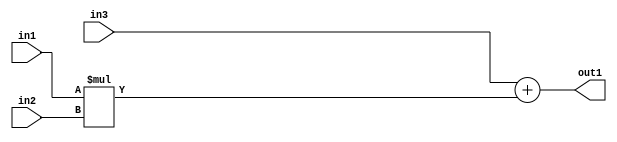
`timescale 1ps / 1ps
/*****************************************************************************
    Verilog RTL Description
    
    
    Created by: Stratus DpOpt 2019.1.01 
*******************************************************************************/

module SobelFilter_Add2Mul2s8u8u8_4 (
	in3,
	in2,
	in1,
	out1
	); /* architecture "behavioural" */ 
input [7:0] in3,
	in2,
	in1;
output [7:0] out1;
wire [7:0] asc001;

wire [7:0] asc001_tmp_0;
assign asc001_tmp_0 = 
	+(in3);
assign asc001 = asc001_tmp_0
	+(in1 * in2);

assign out1 = asc001;
endmodule

/* CADENCE  ubf4SgE= : u9/ySgnWtBlWxVPRXgAZ4Og= ** DO NOT EDIT THIS LINE ******/